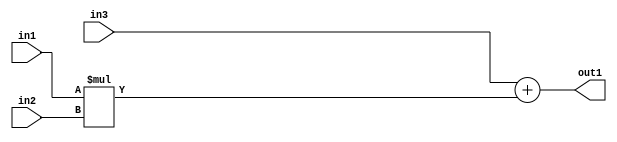
`timescale 1ps / 1ps
/*****************************************************************************
    Verilog RTL Description
    
    
    Created by: Stratus DpOpt 2019.1.01 
*******************************************************************************/

module SobelFilter_Add2Mul2s8u8u8_4 (
	in3,
	in2,
	in1,
	out1
	); /* architecture "behavioural" */ 
input [7:0] in3,
	in2,
	in1;
output [7:0] out1;
wire [7:0] asc001;

wire [7:0] asc001_tmp_0;
assign asc001_tmp_0 = 
	+(in3);
assign asc001 = asc001_tmp_0
	+(in1 * in2);

assign out1 = asc001;
endmodule

/* CADENCE  ubf4SgE= : u9/ySgnWtBlWxVPRXgAZ4Og= ** DO NOT EDIT THIS LINE ******/